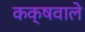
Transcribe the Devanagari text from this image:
कक्षवाले